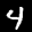
Label: 4